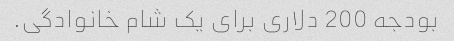
بودجه 200 دلاری برای یک شام خانوادگی.